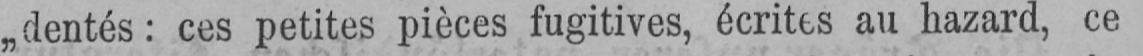
„dentés: ces petites pièces fugitives, écrites au hazard, ce